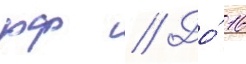
рф // До́ 16